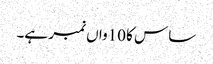
ساس کا 10واں نمبر ہے۔